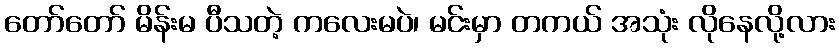
တော်တော် မိန်းမ ပီသတဲ့ ကလေးမပဲ၊ မင်းမှာ တကယ် အသုံး လိုနေလို့လား